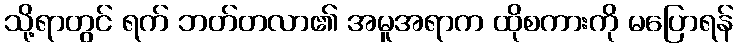
သို့ရာတွင် ရက် ဘတ်တလာ၏ အမူအရာက ထိုစကားကို မပြောရန်